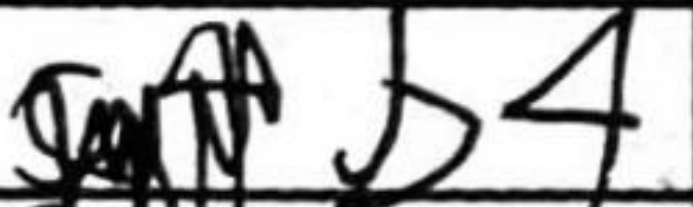
Transcription: b4